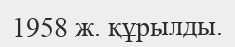
1958 ж. құрылды.